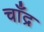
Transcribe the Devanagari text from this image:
चाँद्र